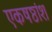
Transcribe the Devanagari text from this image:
एकषष्ठांश